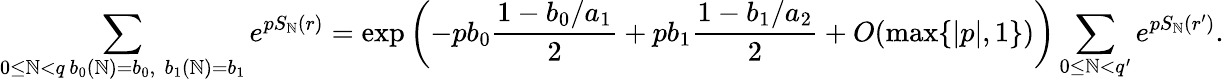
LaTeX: \sum_{\substack{0\le\mathbb{N}<q\, b_{0}(\mathbb{N})=b_{0},\, \, b_{1}(\mathbb{N})=b_{1}}}e^{pS_{\mathbb{N}}(r)}=\exp\left(-pb_{0}\frac{{1-b_{0}/a_{1}}}{{2}}+pb_{1}\frac{{1-b_{1}/a_{2}}}{{2}}+O(\operatorname*{max}\{ |p|,1\} )\right)\sum_{0\le\mathbb{N}<q^{\prime}}e^{pS_{\mathbb{N}}(r^{\prime})}.